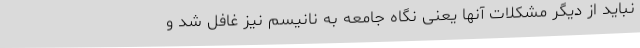
نباید از دیگر مشکلات آنها یعنی نگاه جامعه به نانیسم نیز غافل شد و